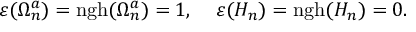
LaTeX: \varepsilon ( \Omega _ { n } ^ { a } ) = \mathrm { n g h } ( \Omega _ { n } ^ { a } ) = 1 , \; \; \; \; \varepsilon ( { \cal H } _ { n } ) = \mathrm { n g h } ( { \cal H } _ { n } ) = 0 .